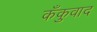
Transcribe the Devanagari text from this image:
कँकुवाद